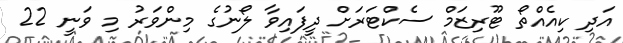
އަދި ކިއެއްތޯ ޓޫރިޒަމް ސެކްޓަރަށް ދީފައިވާ ލޯނުގެ މިންވަރު މި ވަނީ 22